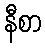
နီစာ